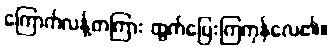
ကြောက်လန့်တကြား ထွက်ပြေးကြကုန်လေ၏။